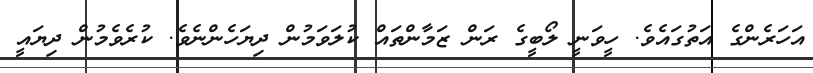
އަހަރެންގެ އަތުގައެވެ. ހީވަނީ ލޯބީގެ ރަން ޒަމާންތައް ކުލަވަމުން ދިޔަހެންނެވެ. ކުރެވެމުން ދިޔައީ